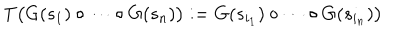
\mathrm { T } \bigl ( G ( s _ { 1 } ) \circ \dots \circ G ( s _ { n } ) \bigr ) : = G ( s _ { i _ { 1 } } ) \circ \dots \circ G ( s _ { i _ { n } } ) \bigr )